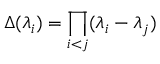
\Delta ( \lambda _ { i } ) = \prod _ { i < j } ( \lambda _ { i } - \lambda _ { j } )